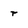
Character: r